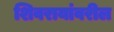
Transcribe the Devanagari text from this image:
शिवरायांवरील